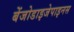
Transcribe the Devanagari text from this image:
बेंजोडाइजेपाइनस